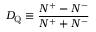
D _ { \mathrm { Q } } \equiv { \frac { N ^ { + } - N ^ { - } } { N ^ { + } + N ^ { - } } }